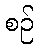
စဉ်